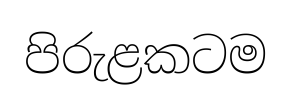
පිරුළකටම